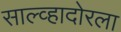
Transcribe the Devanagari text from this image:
साल्व्हादोरला